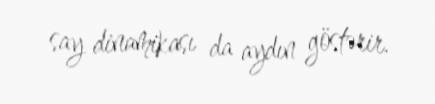
say dinamikası da aydın göstərir.